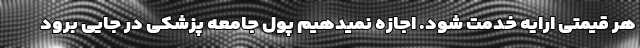
هر قیمتی ارایه خدمت شود. اجازه نمیدهیم پول جامعه پزشکی در جایی برود